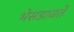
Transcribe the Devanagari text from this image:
भेसडावते